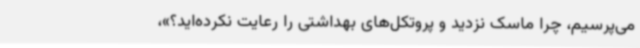
می‌پرسیم، چرا ماسک نزدید و پروتکل‌های بهداشتی را رعایت نکرده‌اید؟»،